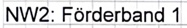
Text: NW2: Förderband 1